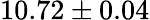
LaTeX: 10.72\pm 0.04